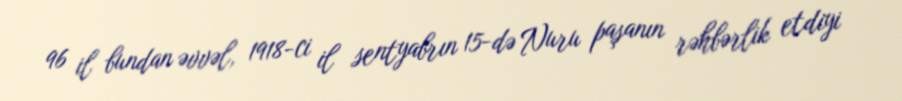
96 il bundan əvvəl, 1918-ci il sentyabrın 15-də Nuru paşanın rəhbərlik etdiyi